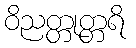
ဝိညတ္တုတ္တရိ